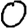
Digit: 0